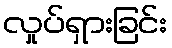
လှုပ်ရှားခြင်း